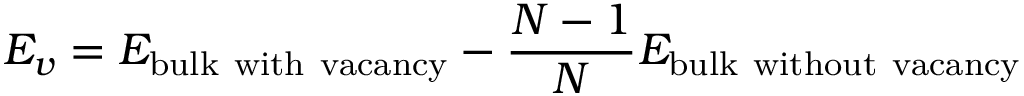
E _ { v } = E _ { \mathrm { b u l k \ w i t h \ v a c a n c y } } - \frac { N - 1 } { N } E _ { \mathrm { b u l k \ w i t h o u t \ v a c a n c y } }